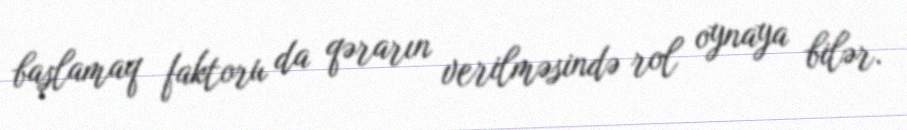
başlamaq faktoru da qərarın verilməsində rol oynaya bilər.